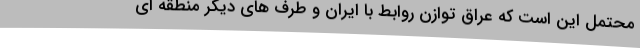
محتمل این است که عراق توازن روابط با ایران و طرف های دیگر منطقه ای